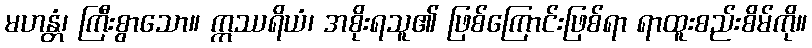
မဟန္တံ၊ ကြီးစွာသော။ ဣဿရိယံ၊ အစိုးရသူ၏ ဖြစ်ကြောင်းဖြစ်ရာ ရာထူးစည်းစိမ်ကို။